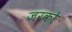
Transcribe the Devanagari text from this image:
जरको